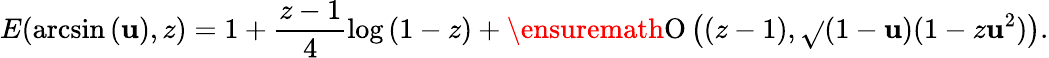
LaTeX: E(\arcsin{(\mathbf{u})},z)=1+\frac{{z-1}}{{4}}\log{(1-z)}+\ensuremath{{\operatorname{O}\left((z-1),\sqrt{}{{(1-\mathbf{u})(1-z\mathbf{u}^{2})}}\right)}}.